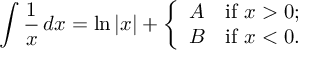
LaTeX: \int { \frac { 1 } { x } } \, d x = \ln | x | + { \left\{ \begin{array} { l l } { A } & { { \mathrm { i f ~ } } x > 0 ; } \\ { B } & { { \mathrm { i f ~ } } x < 0 . } \end{array} \right. }